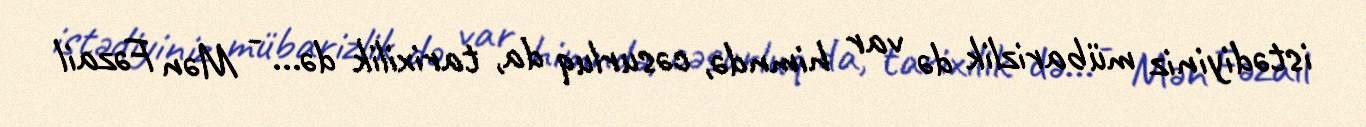
istədiyiniz mübarizlik də var himndə, cəsurluq da, tarixilik də... - Mən Fəzail